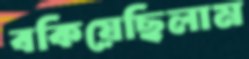
বকিয়েছিলাম